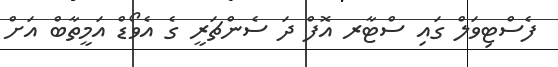
ފެސްޓިވަލް ގައި ސްޓާރ އޮފް ދަ ސެންޗަރީ ގެ އެވޯޑް އަމީތާބް އަށް